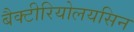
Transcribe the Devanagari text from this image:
बैक्टीरियोलयसिन